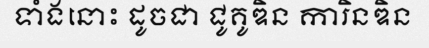
ទាំងនោះ ដូចជា ជូគូឌិន ការិនឌិន